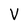
Character: V